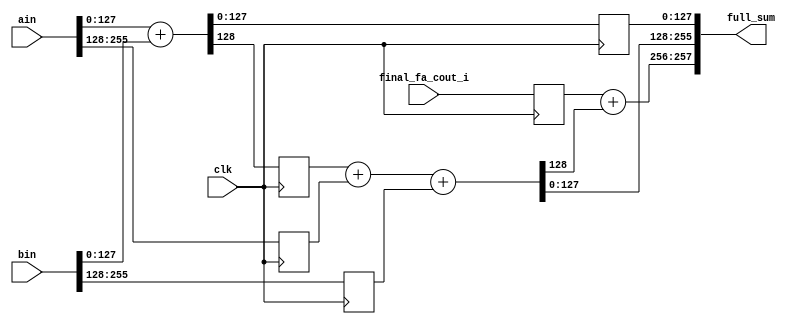
/*
*   Name        :256bit 1 or 2 stage pipelined adder
*   Description :256bit 1 or 2 stage pipelined adder3-2final_fa_cout,
*   Orirgin     :20200731
*   Timing      :
*/
module simple_p12adder256_3_2
#(
    parameter STAGE = 1 //1 OR 2
)
(
    input   wire            clk,

    input   wire [255:0]    ain ,
    input   wire [255:0]    bin ,
    input   wire            final_fa_cout_i,

    output  wire [257:0]    full_sum 
);


generate
    if (STAGE==2) begin:stage2

        reg  [127:0]a_h,b_h,s_l,s2_l,s2_h;
        reg  c_l,ffc;
        reg  [1:0]h2;
        wire [1:0]h2_;
        wire c_h;
        wire [127:0]s2_h_;
        assign {c_h,s2_h_} = c_l+a_h+b_h;
        assign h2_ = ffc+c_h;
        always@(posedge clk)begin
            {c_l,s_l}       <=  ain[127:0]+bin[127:0];
            {ffc,a_h,b_h}   <= {final_fa_cout_i,ain[255:128],bin[255:128]};
            s2_h            <=  s2_h_;
            s2_l            <=  s_l;
            h2              <=  h2_;
        end
        assign full_sum={h2,s2_h,s2_l};

    end else if(STAGE==1)begin:stage1

        reg  [127:0]a_h,b_h,s_l;
        reg  c_l,ffc;
        wire [1:0]h2_;
        wire c_h;
        wire [127:0]s2_h_;
        assign {c_h,s2_h_} = c_l+a_h+b_h;
        assign h2_ = ffc+c_h;
        always@(posedge clk)begin
            {c_l,s_l}       <=   ain[127:0]+bin[127:0];
            {ffc,a_h,b_h}   <= {final_fa_cout_i,ain[255:128],bin[255:128]};
        end
        assign full_sum={h2_,s2_h_,s_l};
        
    end
endgenerate
endmodule